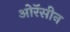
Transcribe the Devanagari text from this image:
ओरॅसीन